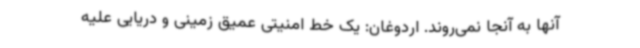
آنها به آنجا نمی‌روند. اردوغان: یک خط امنیتی عمیق زمینی و دریایی علیه